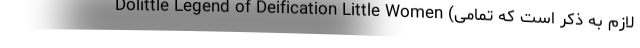
Dolittle Legend of Deification Little Women (لازم به ذکر است که تمامی